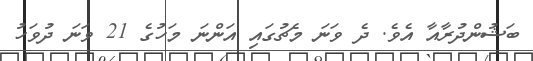
ބަޝުންދުރާއާ އެވެ. ދެ ވަނަ މެޗުގައި އަންނަ މަހުގެ 21 ވަނަ ދުވަހު